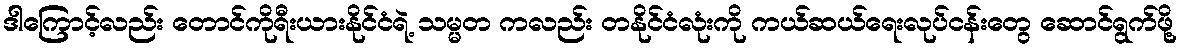
ဒါကြောင့်လည်း တောင်ကိုရီးယားနိုင်ငံရဲ့ သမ္မတ ကလည်း တနိုင်ငံလုံးကို ကယ်ဆယ်ရေးလုပ်ငန်းတွေ ဆောင်ရွက်ဖို့